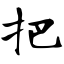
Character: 把